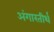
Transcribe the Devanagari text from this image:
अंगारतीर्थ